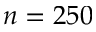
n = 2 5 0